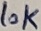
Text: 10K